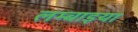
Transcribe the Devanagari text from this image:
लम्बाइया